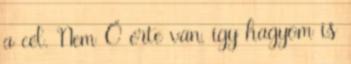
a cél. Nem Ő érte van, így hagyom is